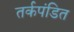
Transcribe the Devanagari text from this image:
तर्कपंडित